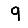
Digit: 9